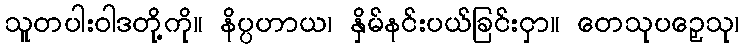
သူတပါးဝါဒတို့ကို။ နိပ္ပဟာယ၊ နှိမ်နင်းပယ်ခြင်းငှာ။ တေသုပဉှေသု၊